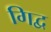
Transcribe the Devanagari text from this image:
गिद्व